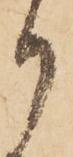
御